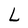
Character: L